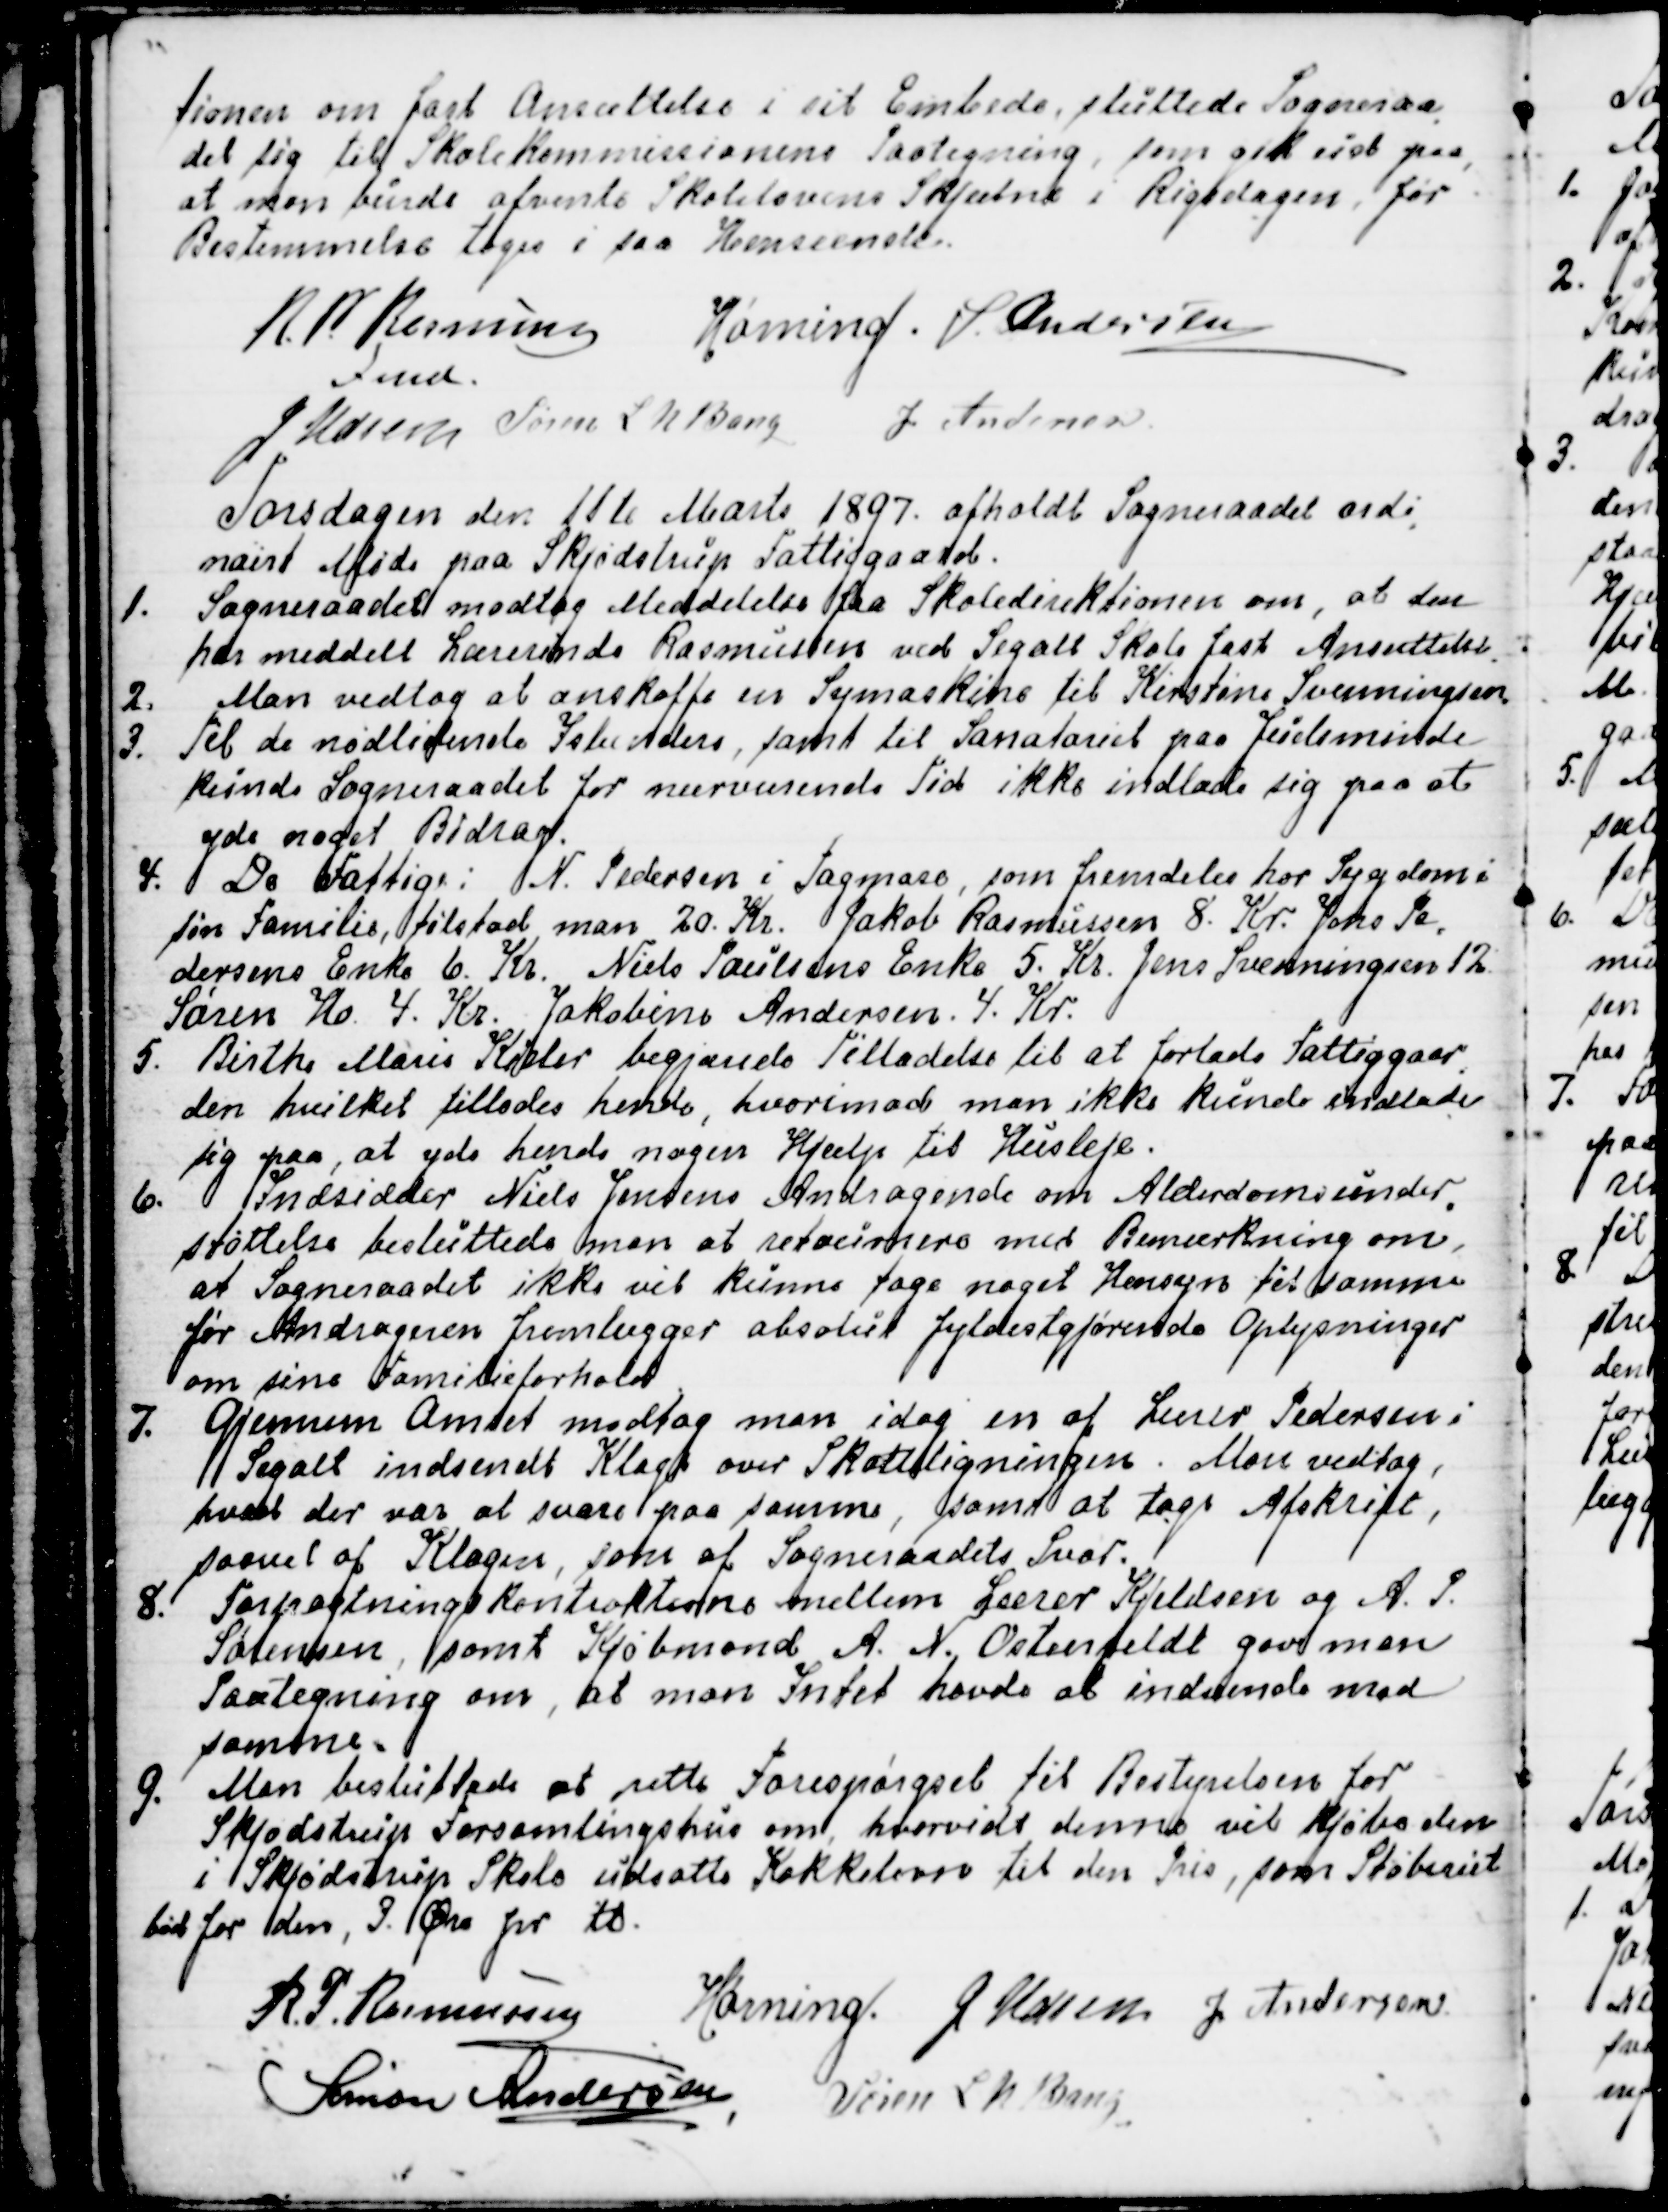
Transskription:
tionen om fast Ansættelse i sit Embede, sluttede Sogneraa
-
det sig til Skolekommissionens Paategning, som gik ud paa,
at man burde afvente Skolelovens Skjæbne i Rigsdagen, før
Bestemmelse tages i saa Henseende.
R P Rasmussen
Fmd.
Hørning.
S. Andersen
J Udsen
Søren L N Bang
J. Andersen

Torsdagen den 11te Marts 1897. afholdt Sogneraadet ordi
-
nairt Møde paa Skjødstrup Fattiggaard.
1. Sogneraadet modtog Meddelelse fra Skoledirektionen om, at den
har meddelt Lærerinde Rasmussen ved Segalt Skole fast Ansættelse.
2. Man vedtog at anskaffe en Symaskine til Kirstine Svenningsen.
3. Til de nødlidende Islændere, samt til Sanatoriet paa Juelsminde
kunde Sogneraadet for nuværende Tid ikke indlade sig paa at
yde noget Bidrag.
4. De Fattige: N. Pedersen i Tagmose, som fremdeles har Sygdom i
sin Familie, tilstod man 20. Kr. Jakob Rasmussen 8. Kr. Johs. Pe
-
dersens Enke 6. Kr. Niels Paulsens Enke 5. Kr. Jens Svenningsen 12
Søren Ho 4. Kr. Jakobine Andersen. 4. Kr.
5. Birthe Marie Kieler begjærede Tilladelse til at forlade Fattiggaar
-
den hvilket tillodes hende, hvorimod man ikke kunde indlade 
sig paa, at yde hende nogen Hjælp til Husleje.
6. Indsidder Niels Jensens Andragende om Alderdomsunder
-
støttelse besluttede man at retournere med Bemærkning om,
at Sogneraadet ikke vil kunne tage noget Hensyn til samme
før Andrageren fremlægger absolut fyldestgjørende Oplysninger
om sine familieforhold.
7. Gjennem Amtet modtog man idag en af Lærer Pedersen i
Segalt indsendt Klage over Skatteligningen. Man vedtog,
hvad der var at svare paa samme, samt at tage Afskrift,
saavel af Klagen, som af Sogneraadets Svar.
8. Forpagtningskontrakterne mellem Lærer Kjeldsen og A. P.
Sørensen, samt Kjøbmand A. N. Ostenfeldt gav man 
Paategning om, at man Intet havde at indvende mod
samme.
9.
Man besluttede at rette Forespørgsel til Bestyrelsen for
Skjødstrup Forsamlingshus om, hvorvidt denne vil kjøbe den
i Skjødstrup Skole udsatte Kakkelovn til den Pris, som Støberiet
bød for den, 3. Øre pr. ℔
R. P. Rasmussen
Hørning.
J Udsen
J Andersen
Simon Andersen
Søren L. N. Bang